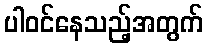
ပါဝင်နေသည့်အတွက်